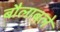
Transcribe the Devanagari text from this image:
बौलाबले